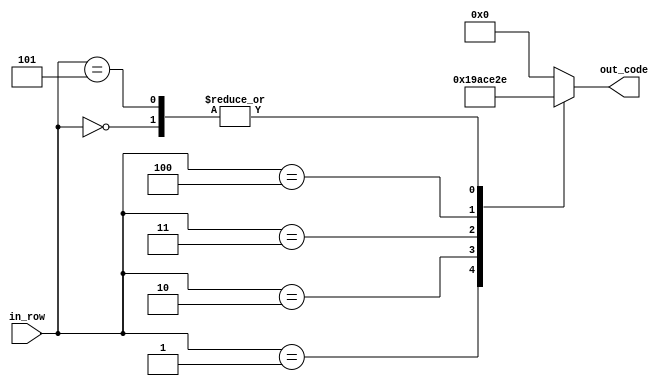
`timescale 1ns / 1ps
//////////////////////////////////////////////////////////////////////////////////
// Company: 
// Engineer: 
// 
// Design Name: 
// Module Name:    num_0 
// Project Name: 
// Target Devices: 
// Tool versions: 
// Description: 
//
// Dependencies: 
//
// Revision: 
// Revision 0.01 - File Created
// Additional Comments: 
//
//////////////////////////////////////////////////////////////////////////////////
module num_0(
    input [2:0] in_row,
    output reg [4:0] out_code
    );

parameter [4:0] d_0 = 5'b01110; //  XXX
parameter [4:0] d_1 = 5'b11001; // XX  X
parameter [4:0] d_2 = 5'b10101; // X X X
parameter [4:0] d_3 = 5'b10011; // X  XX
parameter [4:0] d_4 = 5'b10001; // X   X


always @ *
begin
	case (in_row)
		3'b000:
			out_code = d_0;
		3'b001:
			out_code = d_1;
		3'b010:
			out_code = d_2;
		3'b011:
			out_code = d_3;
		3'b100:
			out_code = d_4;
		3'b101:
			out_code = d_0;
		default:
			out_code = 5'b0;
	endcase
end

endmodule